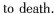
to death.